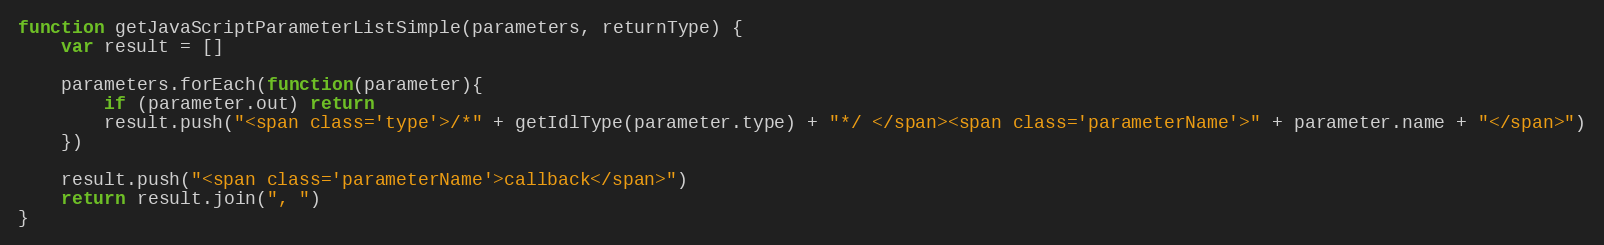
Language: JavaScript
function getJavaScriptParameterListSimple(parameters, returnType) {
    var result = []

    parameters.forEach(function(parameter){
        if (parameter.out) return
        result.push("<span class='type'>/*" + getIdlType(parameter.type) + "*/ </span><span class='parameterName'>" + parameter.name + "</span>")
    })

    result.push("<span class='parameterName'>callback</span>")
    return result.join(", ")
}